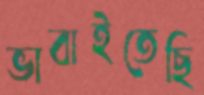
ভাবাইতেছি